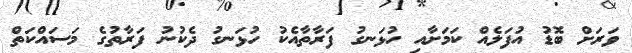
ވަރަށް ބޮޑު އުފަލެއް ކަމަށާއި ހުޅަނގު ފަރާތާއެކު ހުޅަނގު ދެކުނު ފަރާތުގެ މަސައްކަތް